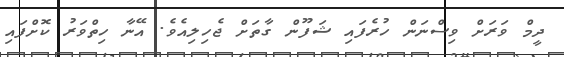
ދީމް ވަރަށް ވިސްނަން ހުރެފައި ޝަފޫން ގާތަށް ޖެހިލިއެވެ. އޭނާ ހިތްވަރު ކޮށްފައި